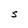
Character: S